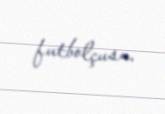
futbolçusu.